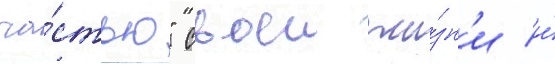
ча́стью" своеи жи́зн'и и́